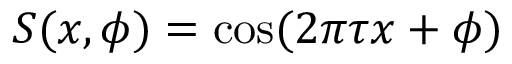
S ( x , \phi ) = \cos ( 2 \pi \tau x + \phi )